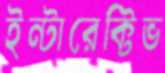
ইন্টারেক্টিভ